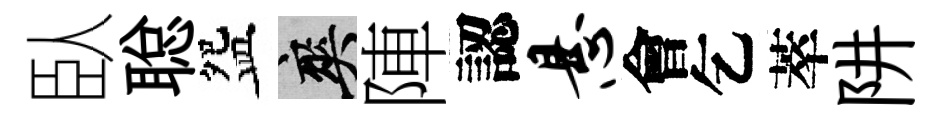
臥聪盌爽陣認悬會乞萃阱